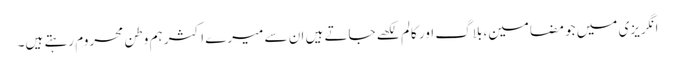
انگریزی میں جو مضامین، بلاگ اور کالم لکھے جاتے ہیں ان سے میرے اکثر ہم وطن محروم رہتے ہیں۔